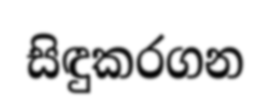
සිඳුකරගන